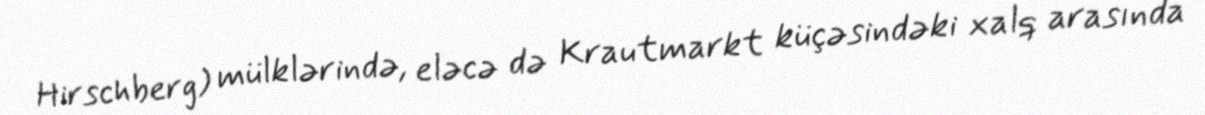
Hirschberg) mülklərində, eləcə də Krautmarkt küçəsindəki xalq arasında